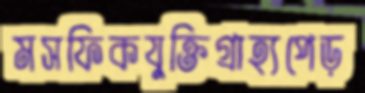
মসফিকযুক্তিগ্রাহ্যপেড়